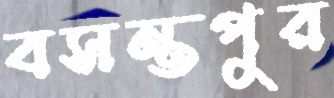
বসন্তপুর